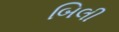
બિલી